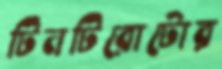
টিনটিরোটোর